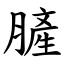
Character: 䐮